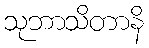
သုဘာသိတာနိ